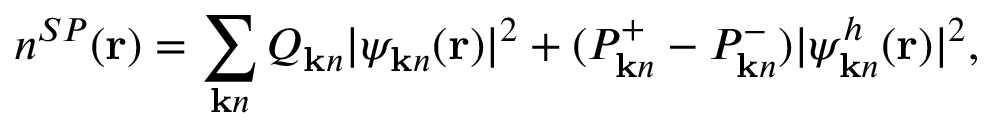
n ^ { S P } ( { \bf r } ) = \sum _ { { \bf k } n } Q _ { { \bf k } n } | \psi _ { { \bf k } n } ( { \bf r } ) | ^ { 2 } + ( P _ { { \bf k } n } ^ { + } - P _ { { \bf k } n } ^ { - } ) | \psi _ { { \bf k } n } ^ { h } ( { \bf r } ) | ^ { 2 } ,